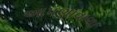
આપણાવાળા